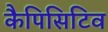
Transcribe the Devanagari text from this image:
कैपिसिटिव